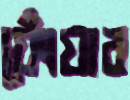
ফোঁয়ার